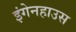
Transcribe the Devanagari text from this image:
इंगेनहाउस